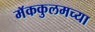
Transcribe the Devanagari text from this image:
मॅककुलमच्या